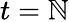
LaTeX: t=\mathbb{N}